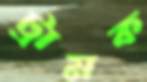
ট্রামক